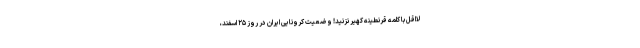
لااقل با کلمه قرنطینه کهیر نزنید! وضعیت کرونایی ایران در روز ۲۵ اسفند،